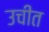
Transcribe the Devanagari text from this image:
उचीत